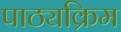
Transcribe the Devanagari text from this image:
पाठ्यक्रिम